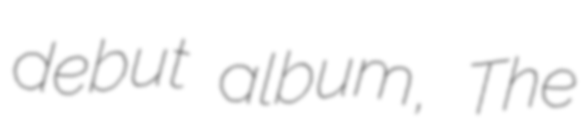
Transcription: debut album, The